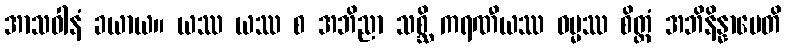
အာသဝါနံ ခယာယ။ ယဿ ယဿ စ အဘိညာ သစ္ဆိ ကရဏီယဿ ဓမ္မဿ စိတ္တံ အဘိနိန္နာမေတိ